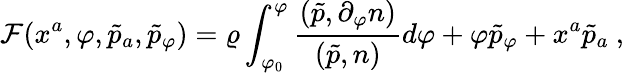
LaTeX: {\cal F}(x^{a},\varphi,\tilde{p}_{a},\tilde{p}_{\varphi})=\varrho\int_{\varphi_{0}}^{\varphi}\frac{(\tilde{p},\partial_{\varphi}n)}{(\tilde{p},n)}d\varphi+\varphi\tilde{p}_{\varphi}+x^{a}\tilde{p}_{a}\ ,